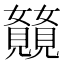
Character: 𫌥